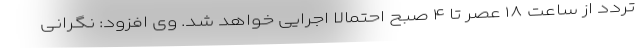
تردد از ساعت ۱۸ عصر تا ۴ صبح احتمالا اجرایی خواهد شد. وی افزود: نگرانی